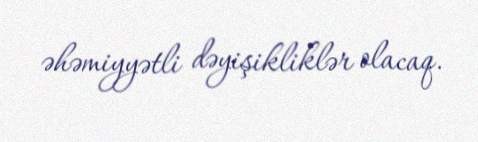
əhəmiyyətli dəyişikliklər olacaq.